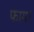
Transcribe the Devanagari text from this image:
फाग।